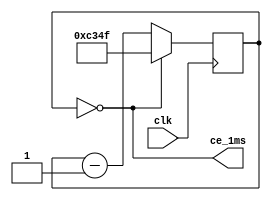
`timescale 1ns / 1ps
//////////////////////////////////////////////////////////////////////////////////
// Company: 
// Engineer: 
// 
// Design Name: 
// Module Name:    Gen1ms 
// Project Name: 
// Target Devices: 
// Tool versions: 
// Description: 
//
// Dependencies: 
//
// Revision: 
// Revision 0.01 - File Created
// Additional Comments: 
//
//////////////////////////////////////////////////////////////////////////////////
module Gen1ms(
    input clk,
    output wire ce_1ms
    );
parameter Fclk = 50000000;
parameter F1kHz = 1000;
reg [16:0] ct_ms = 0;
assign ce_1ms = (ct_ms == 0);
always @ (posedge clk) begin
ct_ms <= ce_1ms?((Fclk/F1kHz) - 1):ct_ms - 1;
end
endmodule